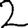
Digit: 2